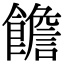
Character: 𩟋